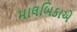
માલબિકાએ